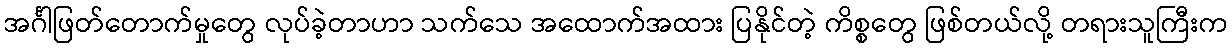
အင်္ဂါဖြတ်တောက်မှုတွေ လုပ်ခဲ့တာဟာ သက်သေ အထောက်အထား ပြနိုင်တဲ့ ကိစ္စတွေ ဖြစ်တယ်လို့ တရားသူကြီးက